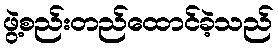
ဖွဲ့စည်းတည်ထောင်ခဲ့သည်